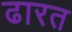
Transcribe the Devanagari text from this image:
ढारत